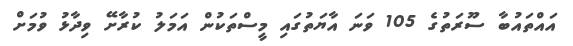
އައްތައުބާ ސޫރަތުގެ 105 ވަނަ އާޔަތުގައި މީސްތަކުން އަމަލު ކުރާށޭ ވިދާޅު ވުމަށް